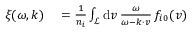
\begin{array} { r l } { \xi ( \omega , \boldsymbol { k } ) } & { { } = \frac { 1 } { n _ { i } } \int _ { \mathcal { L } } \mathrm { d } \boldsymbol { v } \, \frac { \omega } { \omega - \boldsymbol { k } \cdot \boldsymbol { v } } \, f _ { i 0 } ( \boldsymbol { v } ) } \end{array}